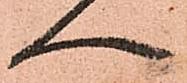
へ